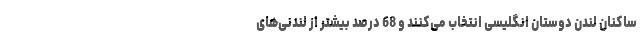
ساکنان لندن دوستان انگلیسی انتخاب می‌کنند و 68 درصد بیشتر از لندنی‌های